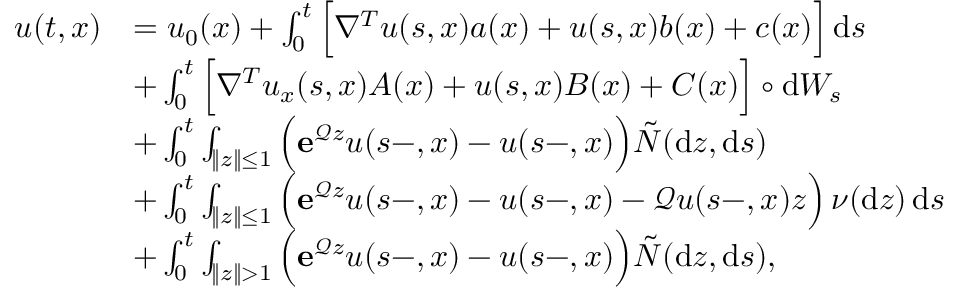
\begin{array} { r l } { u ( t , x ) } & { = u _ { 0 } ( x ) + \int _ { 0 } ^ { t } \Big [ \nabla ^ { T } u ( s , x ) a ( x ) + u ( s , x ) b ( x ) + c ( x ) \Big ] \, \mathrm { d } s } \\ & { + \int _ { 0 } ^ { t } \Big [ \nabla ^ { T } u _ { x } ( s , x ) A ( x ) + u ( s , x ) B ( x ) + C ( x ) \Big ] \circ \mathrm { d } W _ { s } } \\ & { + \int _ { 0 } ^ { t } \int _ { \| z \| \leq 1 } \Big ( \mathbf { e } ^ { \mathcal { Q } z } u ( s - , x ) - u ( s - , x ) \Big ) \tilde { N } ( \mathrm { d } z , \mathrm { d } s ) } \\ & { + \int _ { 0 } ^ { t } \int _ { \| z \| \leq 1 } \Big ( \mathbf { e } ^ { \mathcal { Q } z } u ( s - , x ) - u ( s - , x ) - \mathcal Q u ( s - , x ) z \Big ) \, \nu ( \mathrm { d } z ) \, \mathrm { d } s } \\ & { + \int _ { 0 } ^ { t } \int _ { \| z \| > 1 } \Big ( \mathbf { e } ^ { \mathcal { Q } z } u ( s - , x ) - u ( s - , x ) \Big ) \tilde { N } ( \mathrm { d } z , \mathrm { d } s ) , } \end{array}